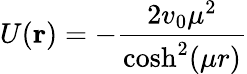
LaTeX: U(\mathbf{r})=-\frac{2v_{0}\mu^{2}}{\cosh^{2}(\mu r)}